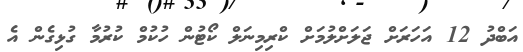
އަބްދު 12 އަހަރަށް ޖަލަށްލުމަށް ކްރިމިނަލް ކޯޓުން ހުކުމް ކުރުމާ ގުޅިގެން އެ